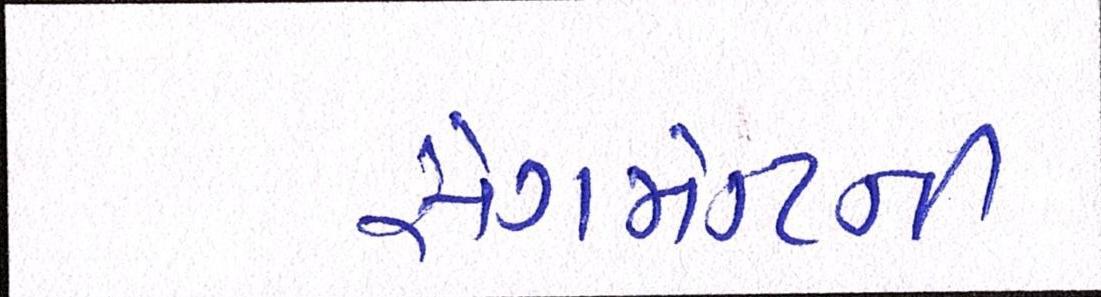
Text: સેગમેન્ટની